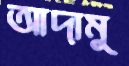
আদামু